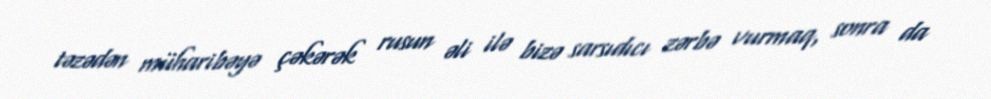
təzədən müharibəyə çəkərək rusun əli ilə bizə sarsıdıcı zərbə vurmaq, sonra da